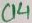
Text: C14